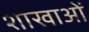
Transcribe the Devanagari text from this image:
शाखाआें